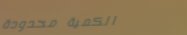
الكمية محدودة